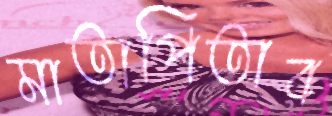
মাতাপিতার